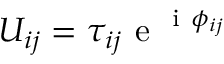
U _ { i j } = \tau _ { i j } \mathrm { ~ e ~ } ^ { \mathrm { ~ i ~ } \phi _ { i j } }